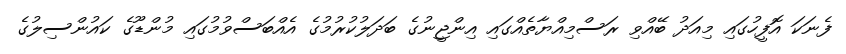
ފެނަކަ އޮފީހުގައި މިއަދު ބޭއްވި ރަސްމިއްޔާތެއްގައި އިންޖީނުގެ ބަދަލުކުރުމުގެ އެއްބަސްވުމުގައި މުންޑޫގެ ކައުންސިލުގެ